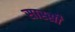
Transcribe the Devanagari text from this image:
सास्सी